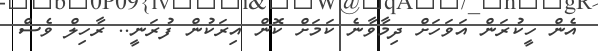
އެން ހީކުރަން އަވަހަށް ދިމާވާނެ ކަމަށް ކޮން އިރަކުން ފުރަނީ.. ރާހިލް ވެސް